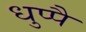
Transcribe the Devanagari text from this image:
धुप्पै